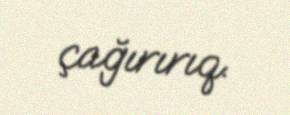
çağırırıq.